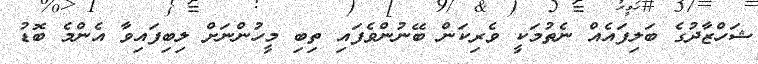
ޝަހްޒާދުގެ ބަލިފައެއް ނެތުމަކީ ވެރިކަން ބޭނުންވެފައި ތިބި މީހުންނަށް ލިބިފައިވާ އެންމެ ބޮޑު